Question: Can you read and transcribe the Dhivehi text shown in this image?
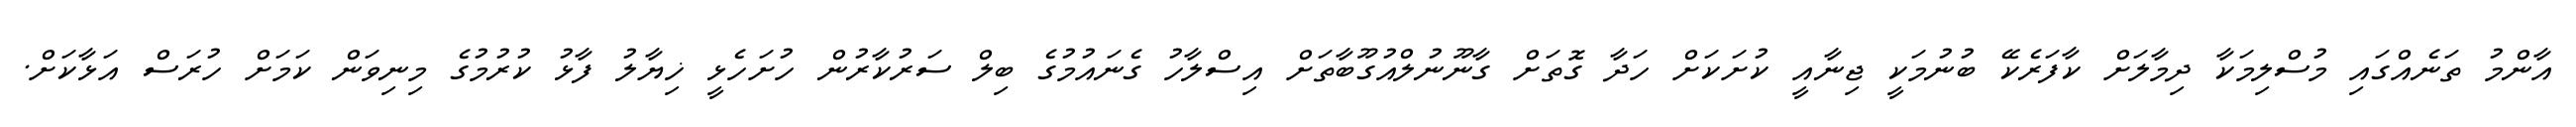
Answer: އާންމު ތަނެއްގައި މުސްލިމަކާ ދިމާލަށް ކާފަރެކޭ ބުނުމަކީ ޖިނާއީ ކުށަކަށް ހަދާ ގޮތަށް ގާނޫނުލްއުގޫބާތަށް އިސްލާހު ގެނައުމުގެ ބިލް ސަރުކާރުން ހުށަހެޅީ ޚިޔާލު ފާޅު ކުރުމުގެ މިނިވަން ކަމަށް ހުރަސް އަޅާކަށް.